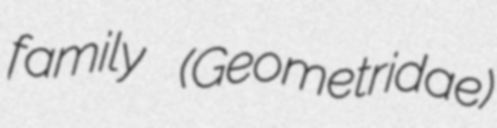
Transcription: family (Geometridae)